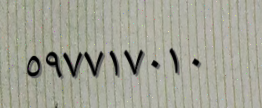
٥٩٧٧١٧٠١٠